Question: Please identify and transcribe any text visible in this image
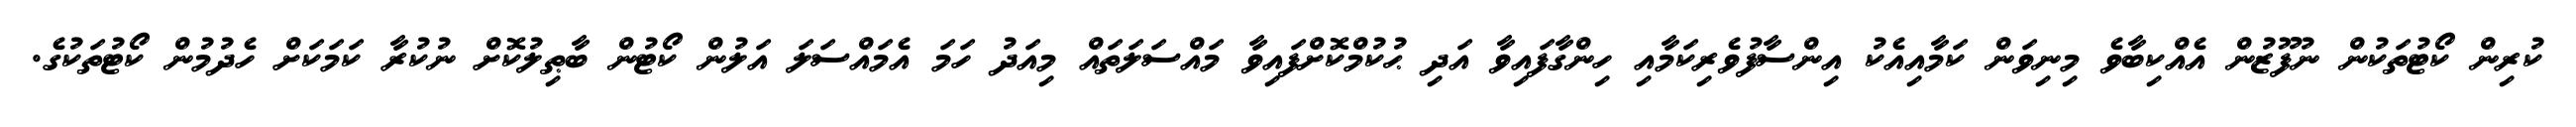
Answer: ކުރިން ކޯޓުތަކުން ނުފޫޒުން އެއްކިބާވެ މިނިވަން ކަމާއިއެކު އިންސާފުވެރިކަމާއި ހިންގާފައިވާ އަދި ޙުކުމްކޮށްފައިވާ މައްސަލަތައް މިއަދު ހަމަ އެމައްސަލަ އަލުން ކޯޓުން ބާޠިލުކޮށް ނުކުރާ ކަމަކަށް ހެދުމުން ކޯޓުތަކުގެ.